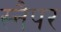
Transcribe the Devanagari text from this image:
स्नैपर